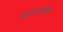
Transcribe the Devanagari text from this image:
शासनाधिन